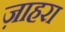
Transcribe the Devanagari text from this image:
ज़ाहरा